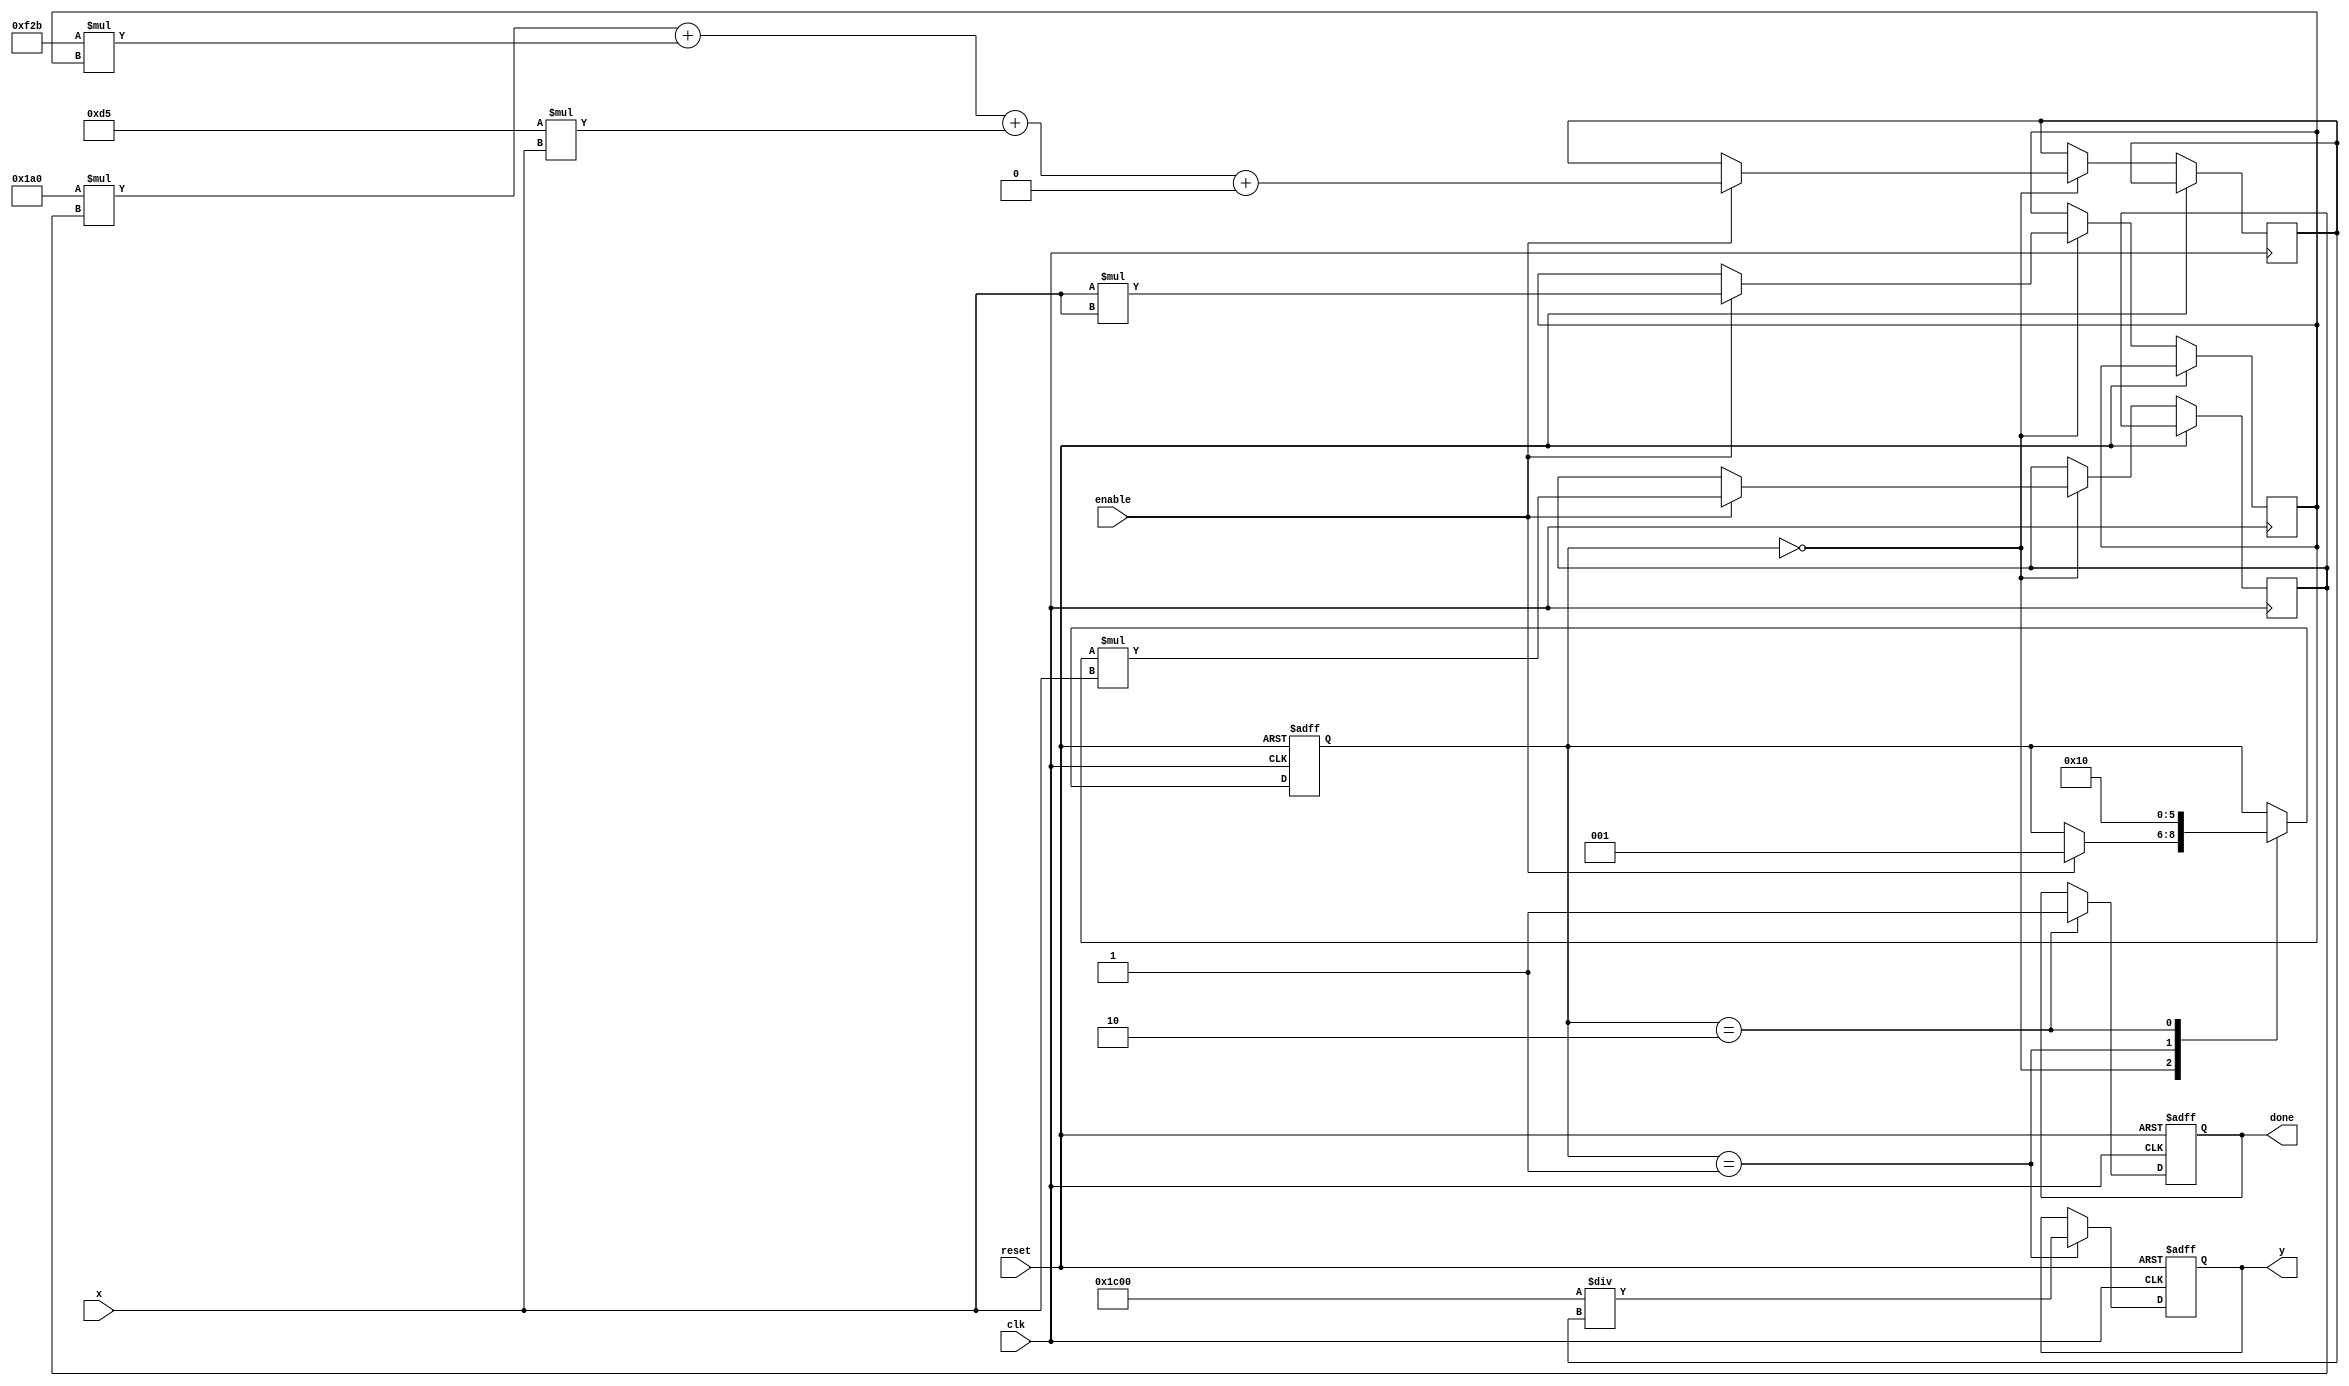
module poly_reciprocal (
    input        clk,
    input        reset,
    input        enable,
    input  [15:0] x,       // Input: 16-bit fixed-point number (0 < x < 1)
    output reg [15:0] y,   // Output: 16-bit fixed-point reciprocal
    output reg done        // Output: Indicates completion of operation
);

    // Polynomial coefficients for approximation of 1/x
    // Example coefficients for a 3rd degree polynomial
    parameter [15:0] c3 = 16'h1A0; // Coefficient for x^3
    parameter [15:0] c2 = 16'hF2B; // Coefficient for x^2
    parameter [15:0] c1 = 16'h0D5; // Coefficient for x^1
    parameter [15:0] c0 = 16'h000; // Constant term

    reg [15:0] x_squared;
    reg [15:0] x_cubed;
    reg [15:0] poly_result;
    reg [2:0] state;

    localparam IDLE = 3'b000,
               COMPUTE = 3'b001,
               DONE = 3'b010;

    // Polynomial evaluation using Horner's method
    always @(posedge clk or posedge reset) begin
        if (reset) begin
            state <= IDLE;
            y <= 16'b0;
            done <= 1'b0;
        end else begin
            case (state)
                IDLE: begin
                    if (enable) begin
                        // Precompute x^2 and x^3
                        x_squared <= x * x; // x^2
                        x_cubed <= x_squared * x; // x^3
                        poly_result <= c3 * x_cubed + c2 * x_squared + c1 * x + c0; // P(x)
                        state <= COMPUTE;
                    end
                end
                COMPUTE: begin
                    // Scale the polynomial result to compute the reciprocal
                    // Here we simply assume y = poly_result * scaling_factor
                    // Adjust the scaling factor as per the application needs
                    y <= 16'h1C00 / poly_result; // Assuming 1.5 as scaling factor (0.5 * 2^n)
                    state <= DONE;
                end
                DONE: begin
                    done <= 1'b1; // Set done signal
                    state <= IDLE; // Go back to IDLE
                end
            endcase
        end
    end

endmodule